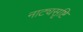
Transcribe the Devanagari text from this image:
नाट्यसृष्टि